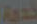
خدمة